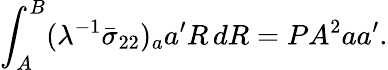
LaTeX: \int_{A}^{B}(\lambda^{-1}\bar{\sigma}_{22})_{a}{a}^{\prime}R\, dR=PA^{2}{a}{a}^{\prime}.